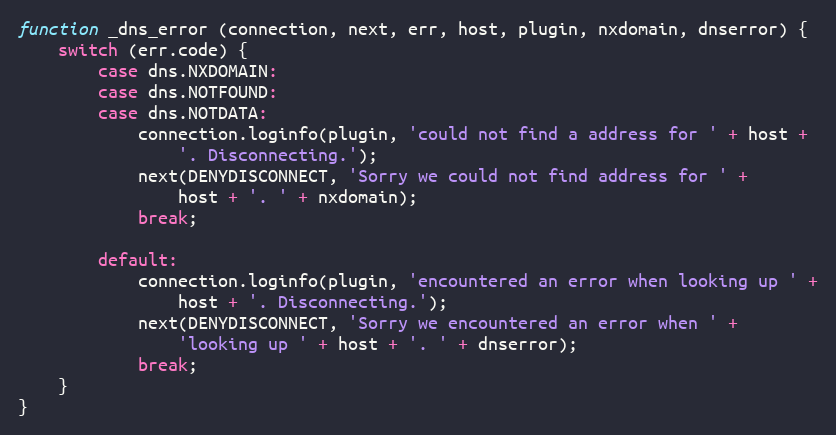
Language: JavaScript
function _dns_error (connection, next, err, host, plugin, nxdomain, dnserror) {
    switch (err.code) {
        case dns.NXDOMAIN:
        case dns.NOTFOUND:
        case dns.NOTDATA:
            connection.loginfo(plugin, 'could not find a address for ' + host +
                '. Disconnecting.');
            next(DENYDISCONNECT, 'Sorry we could not find address for ' +
                host + '. ' + nxdomain);
            break;

        default:
            connection.loginfo(plugin, 'encountered an error when looking up ' +
                host + '. Disconnecting.');
            next(DENYDISCONNECT, 'Sorry we encountered an error when ' +
                'looking up ' + host + '. ' + dnserror);
            break;
    }
}